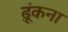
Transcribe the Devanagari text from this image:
ढ़ूंकना